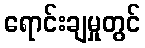
ရောင်းချမှုတွင်